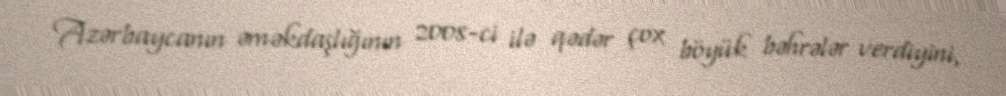
Azərbaycanın əməkdaşlığının 2008-ci ilə qədər çox böyük bəhrələr verdiyini,